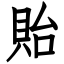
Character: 貽